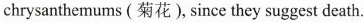
chrysanthemums (菊花), since they suggest death.